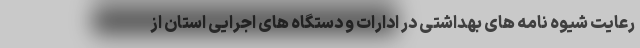
رعایت شیوه نامه های بهداشتی در ادارات و دستگاه های اجرایی استان از